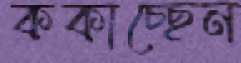
ককাচ্ছেন